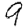
Digit: 9